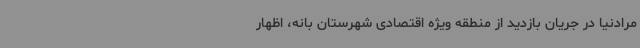
مرادنیا در جریان بازدید از منطقه ویژه اقتصادی شهرستان بانه، اظهار